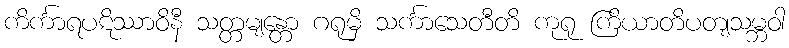
ကိင်္ကာရပဋိဿာဝိနီ သတ္တမျန္တော ဂရုမှိ သင်္ကာသေတီတိ ကုရု ကြိယာတိပတျသမ္ဘဝါ